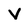
Character: V